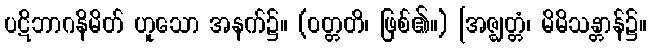
ပဋိဘာဂနိမိတ် ဟူသော အနက်၌။ (ဝတ္တတိ၊ ဖြစ်၏။) [အဇ္ဈတ္တံ၊ မိမိသန္တာန်၌။